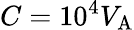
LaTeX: C=10^{4}V_{\mathrm{A}}